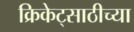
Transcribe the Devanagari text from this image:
क्रिकेट्साठीच्या